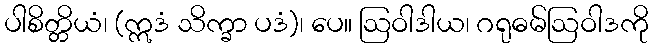
ပါစိတ္တိယံ၊ (ဣဒံ သိက္ခာ ပဒံ)၊ ပေ။ ဩဝါဒါယ၊ ဂရုဓမ်ဩဝါဒကို